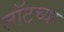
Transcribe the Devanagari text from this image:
लॉटच्या